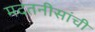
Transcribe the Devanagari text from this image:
मदतनीसांची